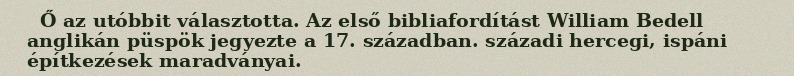
Ő az utóbbit választotta. Az első bibliafordítást William Bedell anglikán püspök jegyezte a 17. században. századi hercegi, ispáni építkezések maradványai.